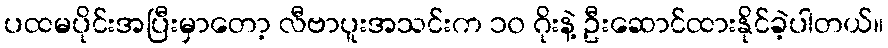
ပထမပိုင်းအပြီးမှာတော့ လီဗာပူးအသင်းက ၁၀ ဂိုးနဲ့ ဦးဆောင်ထားနိုင်ခဲ့ပါတယ်။